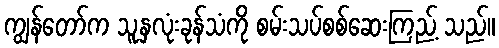
ကျွန်တော်က သူ့နှလုံးခုန်သံကို စမ်းသပ်စစ်ဆေးကြည့် သည်။